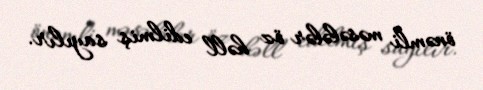
önəmli məsələlər öz həll edilmiş sayılır.